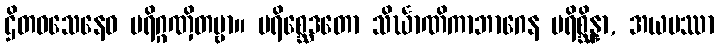
ဌိတဝသေနေဝ ပရိဂ္ဂဏှိတဗ္ဗာ။ ပရိစ္ဆေဒတော သိင်္ဃာဏိကာဘာဂေန ပရိစ္ဆိန္နာ, အယမဿာ